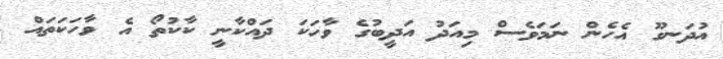
އުދަނގޫ އެހެން ނަމަވެސް މިއަދު އަދީބުގެ ވާހަކަ ދައްކާނީ ކާކުތޯ އެ ވާހަކަތައް